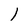
Character: 1